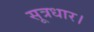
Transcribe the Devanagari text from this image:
सूत्रधार।